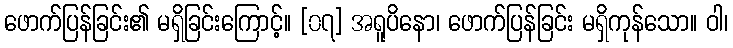
ဖောက်ပြန်ခြင်း၏ မရှိခြင်းကြောင့်။ [၀၇] အရူပိနော၊ ဖောက်ပြန်ခြင်း မရှိကုန်သော။ ဝါ၊